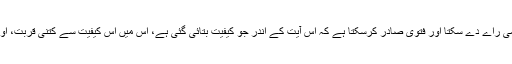
ہر شخص خود ہی اپنا جائزہ لے کر اپنے بارے میں حتمی راے دے سکتا اور فتویٰ صادر کرسکتا ہے کہ اس آیت کے اندر جو کیفیت بتائی گئی ہے، اس میں اس کیفیت سے کتنی قربت، اور طبیعت اور مزاج کے اندر کس قدر رچاؤ موجود ہے۔